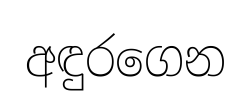
අඳුරගෙන